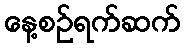
နေ့စဉ်ရက်ဆက်